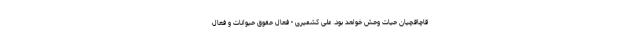
قاچاقچیان حیات وحش خواهد بود. علی کشمیری - فعال حقوق حیوانات و فعال